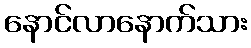
နောင်လာနောက်သား